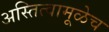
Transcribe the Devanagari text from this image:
अस्तित्वामूळेच